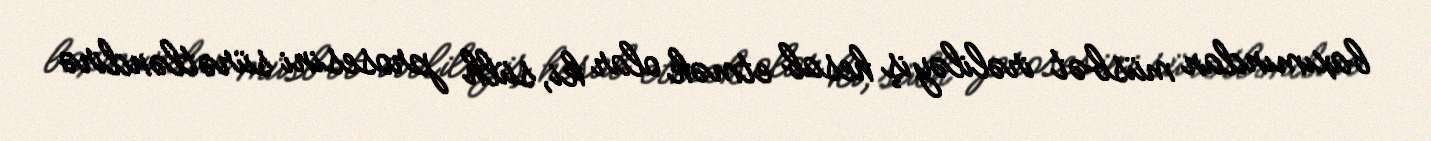
baxımından müsbət irəliləyiş hesab etmək olar ki, sülh prosesini sürətləndirə